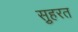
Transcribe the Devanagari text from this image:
स़ुहरत